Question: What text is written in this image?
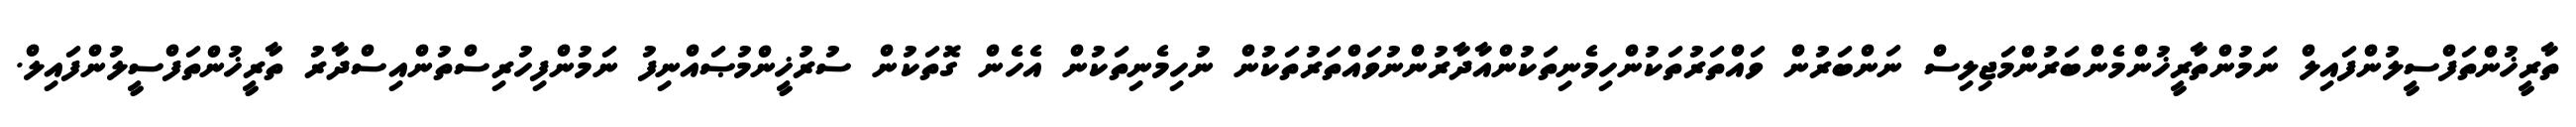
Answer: ތާރީޚުންތަފްސީލުންފައިލް ނަމުންތާރީޚުންމެންބަރުންމަޖިލިސް ނަންބަރުން ވައްތަރުތަކުންހިމެނިތަކުންއާދާރުންނުވައްތަރުތަކުން ނުހިމެނިތަކުން އެހެން ގޮތަކުން ސުރުޚީންމުޞައްނިފު ނަމުންފިހުރިސްތުންއިސްދާރު ތާރީޚުންތަފްސީލުންފައިލް.